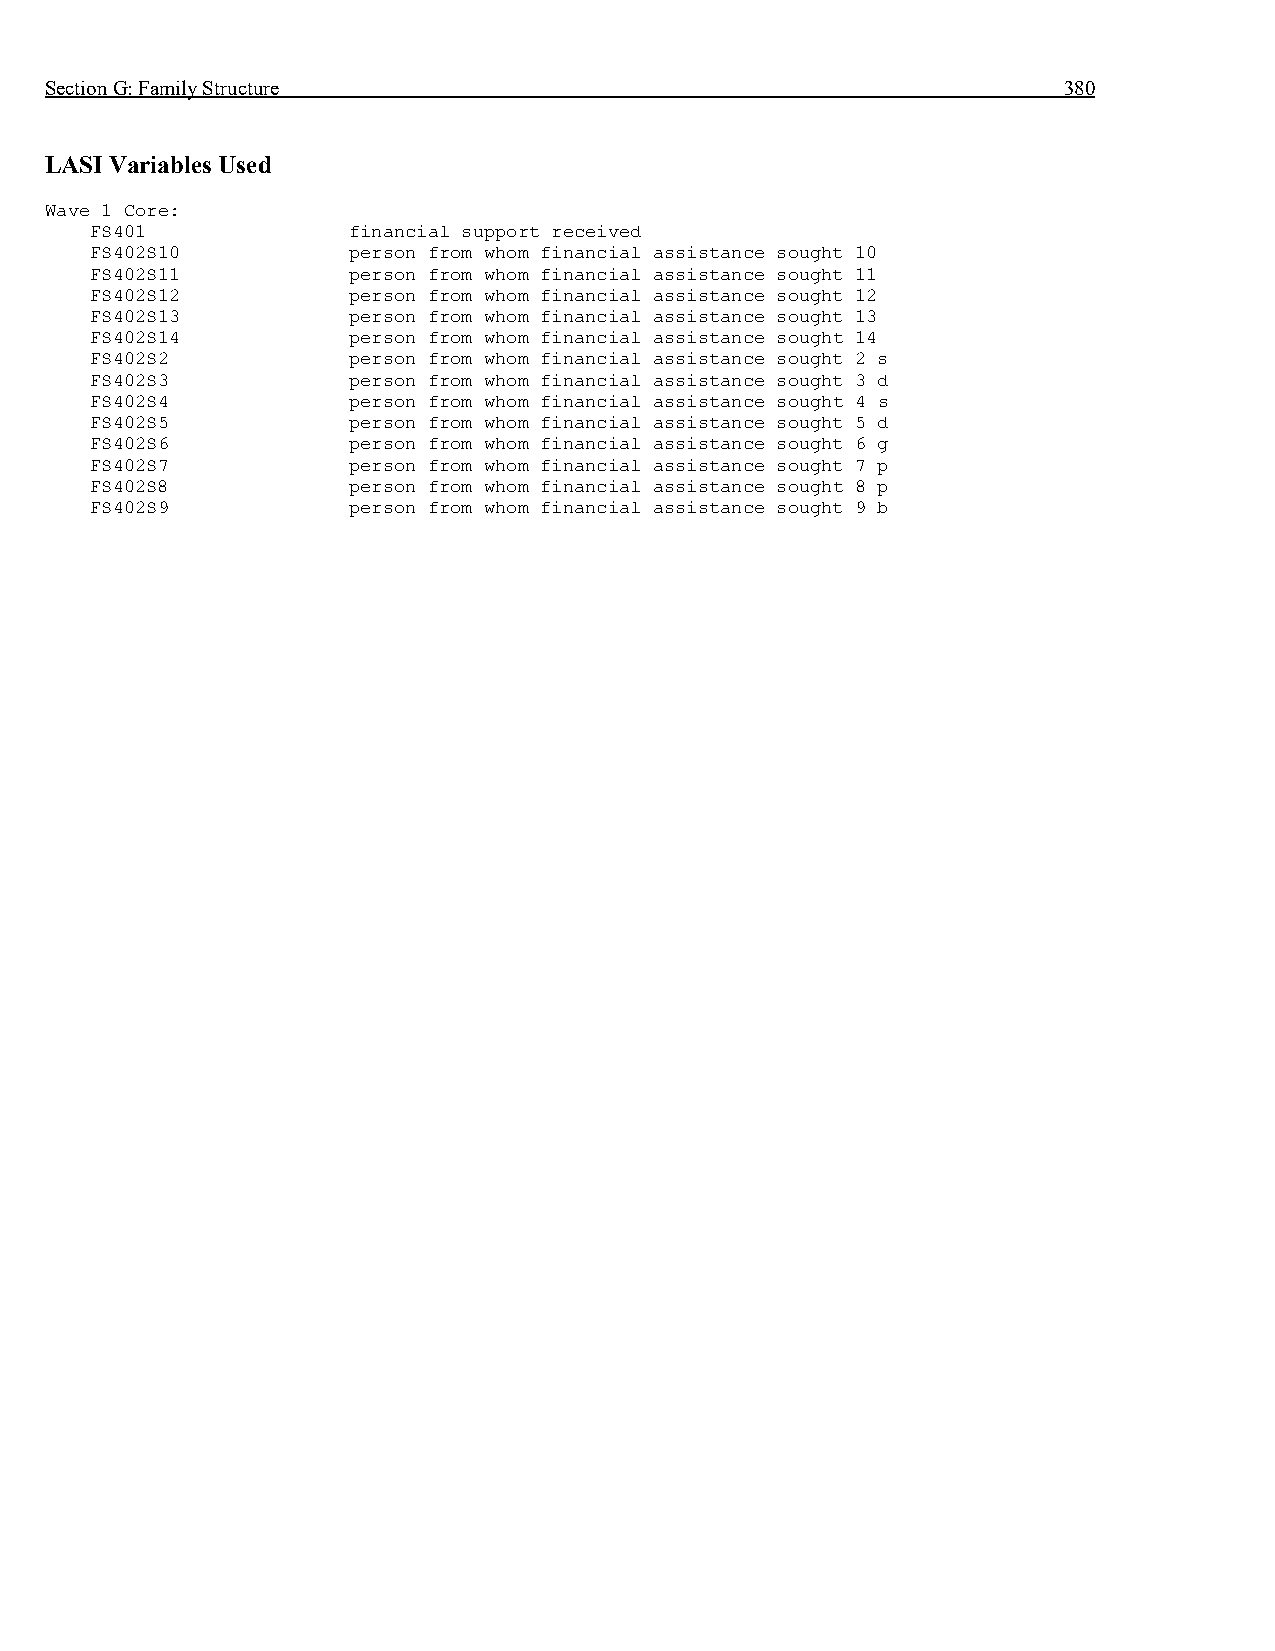
Section G: Family Structure                                        380
 LASI Variables Used
 Wave 1 Core:
 FS401            financial support received
 FS402S10         person from whom financial assistance sought 10
 FS402S11         person from whom financial assistance sought 11
 FS402S12         person from whom financial assistance sought 12
 FS402S13         person from whom financial assistance sought 13
 FS402S14         person from whom financial assistance sought 14
 FS402S2          person from whom financial assistance sought 2 s
 FS402S3          person from whom financial assistance sought 3 d
 FS402S4          person from whom financial assistance sought 4 s
 FS402S5          person from whom financial assistance sought 5 d
 FS402S6          person from whom financial assistance sought 6 g
 FS402S7          person from whom financial assistance sought 7 p
 FS402S8          person from whom financial assistance sought 8 p
 FS402S9          person from whom financial assistance sought 9 b